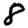
Digit: 8